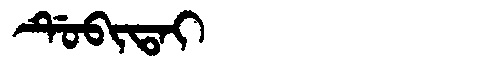
Manchu: ᡩᡠᠪᡳᡨᠠᡳ
Romanization: DUBITAI